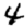
Digit: 4